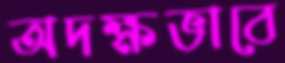
অদক্ষভাবে